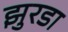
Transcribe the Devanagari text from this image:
झुरडा